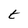
Character: t